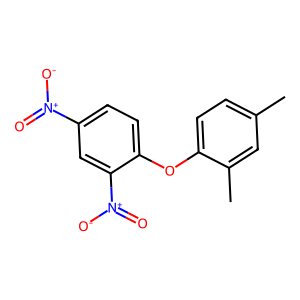
SMILES: Cc1ccc(Oc2ccc([N+](=O)[O-])cc2[N+](=O)[O-])c(C)c1
Inhibits HIV replication: No